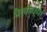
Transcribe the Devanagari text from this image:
भैरवीच्या